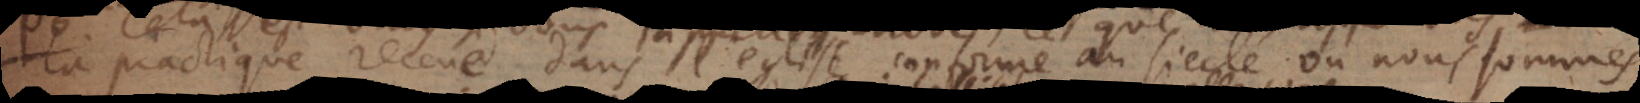
la practique receue dans l’Eglise conforme au siecle où nous sommes,